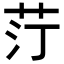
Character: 𦭑